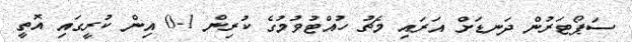
ސަޕޯޓަރުން ދަނޑަށް އަރައި މެޗު ހުއްޓުވުމުގެ ކުރިން 1-0 އިން ކުރީގައި އޮތީ